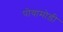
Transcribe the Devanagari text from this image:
पोयामोड़ी